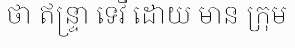
ថា ឥន្ទ្រា ទេវី ដោយ មាន ក្រុម